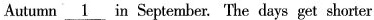
Autumn \underline{1} in September. The days get shorter